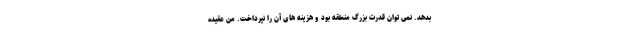
بدهد. نمی توان قدرت بزرگ منطقه بود و هزینه های آن را نپرداخت. من عقیده